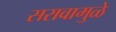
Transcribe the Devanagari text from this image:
सरावामुळे